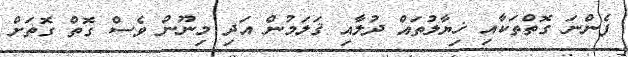
ފެންނަ ގޮތްތަކާއި ޚިޔާލުތައް ދުލާއި ޤަލަމުން އަދި މިނޫން ވެސް ގޮތް ގޮތަށް